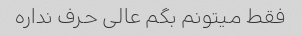
فقط میتونم بگم عالی حرف نداره